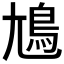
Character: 𡰎